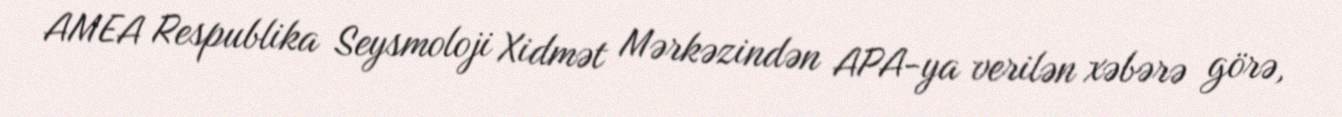
AMEA Respublika Seysmoloji Xidmət Mərkəzindən APA-ya verilən xəbərə görə,